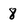
Character: 8